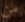
من